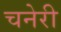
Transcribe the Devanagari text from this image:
चनेरी